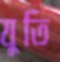
যুতি